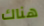
هناك